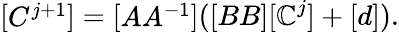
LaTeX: {\left[\begin{array}{l}{C^{j+1}}\end{array}\right]}={\left[\begin{array}{l}{AA^{-1}}\end{array}\right]}([BB][\mathbb{C}^{j}]+[d]).